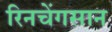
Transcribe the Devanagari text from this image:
रिनचेंगसान